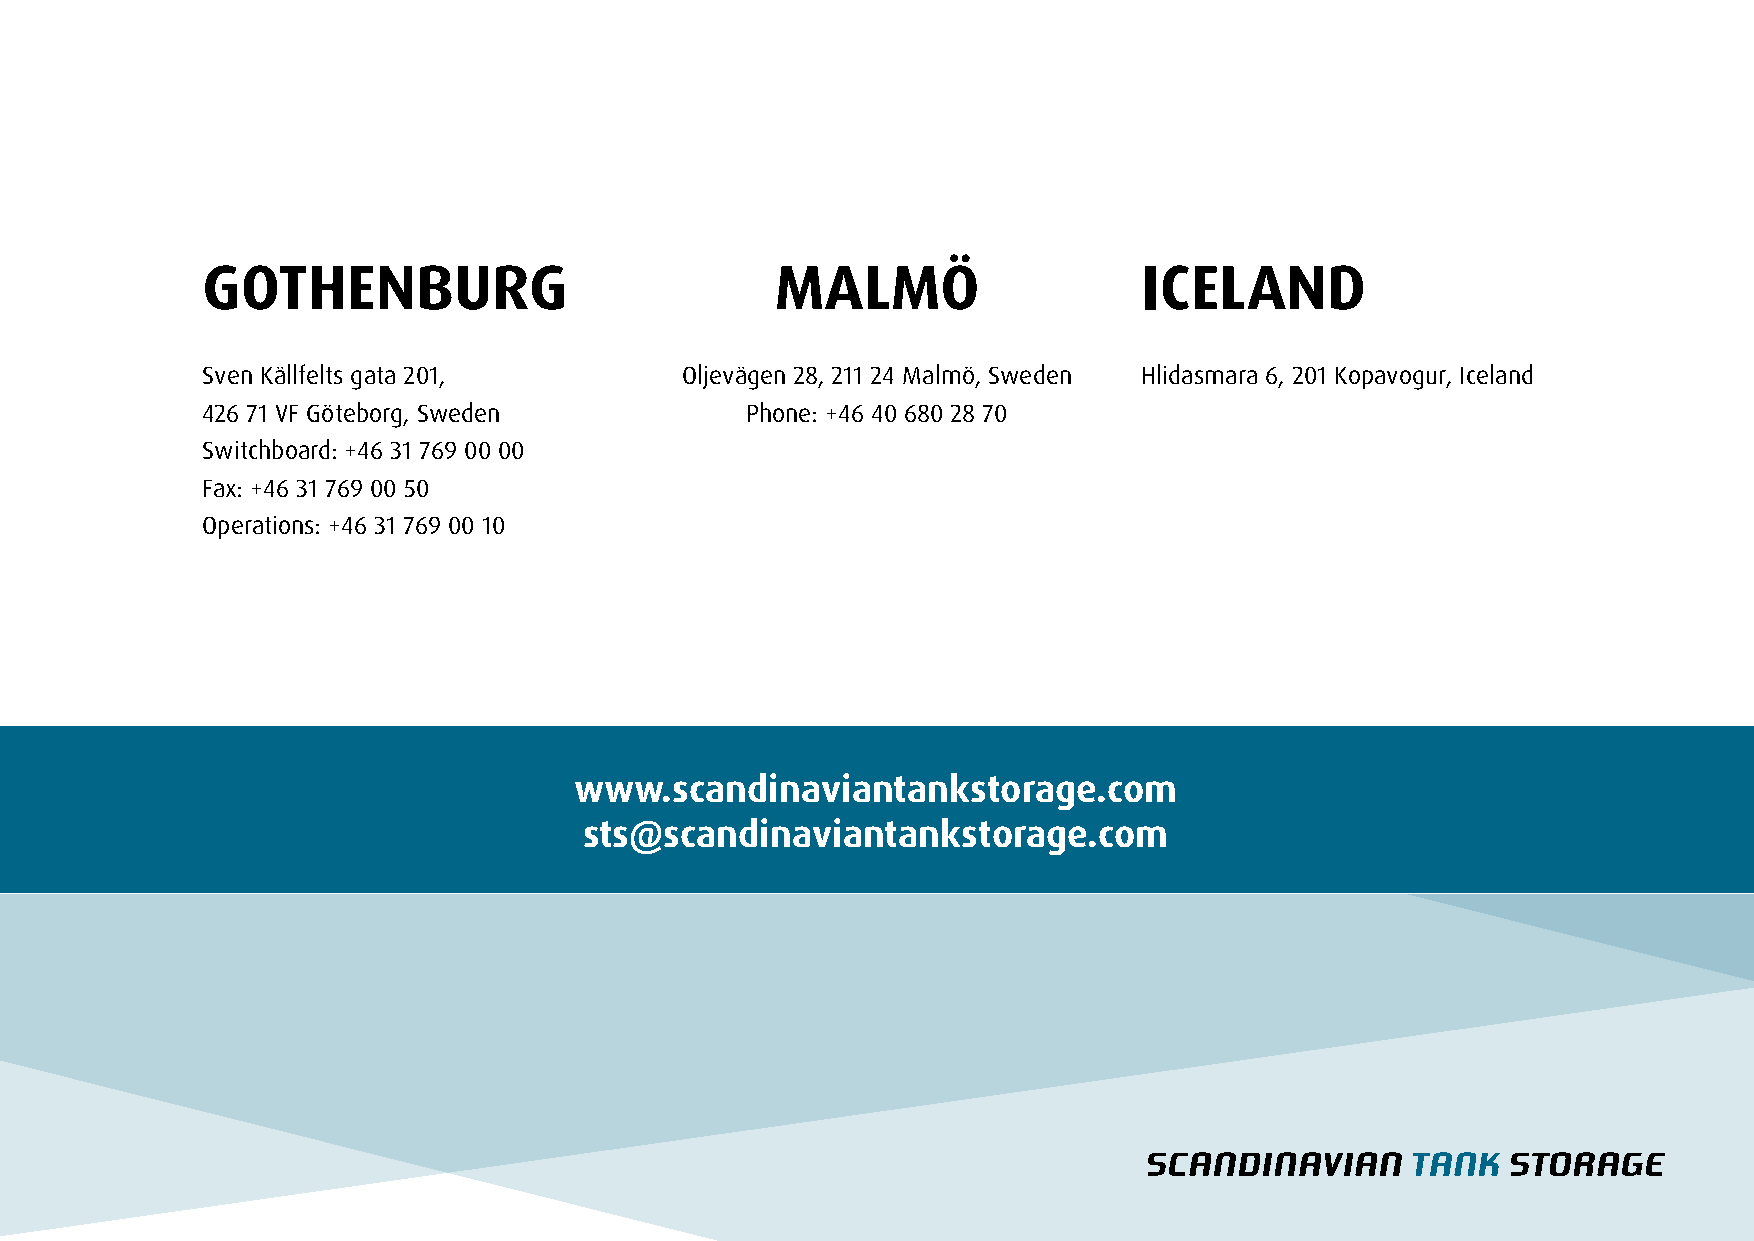
GOTHENBURG                            MALMÖ                    ICELAND
 Sven Källfelts gata 201,        Oljevägen 28, 211 24 Malmö, Sweden Hlidasmara 6, 201 Kopavogur, Iceland
 426 71 VF Göteborg, Sweden          Phone: +46 40 680 28 70
 Switchboard: +46 31 769 00 00
 Fax: +46 31 769 00 50
 Operations: +46 31 769 00 10
 www.scandinaviantankstorage.com
 sts@scandinaviantankstorage.com